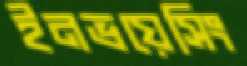
ইনভয়েসিং